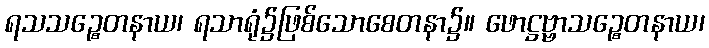
ရသသဉ္စေတနာယ၊ ရသာရုံ၌ဖြစ်သောစေတနာ၌။ ဖောဋ္ဌဗ္ဗာသဉ္စေတနာယ၊